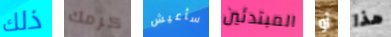
ذلك كرمك سأعيش المبتدئين أو هذا